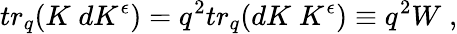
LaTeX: tr_{q}(K\; dK^{\epsilon})=q^{2}tr_{q}(dK\; K^{\epsilon})\equiv q^{2}W\; ,